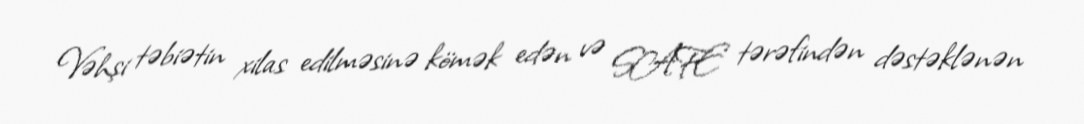
Vəhşi təbiətin xilas edilməsinə kömək edən və SAFE tərəfindən dəstəklənən